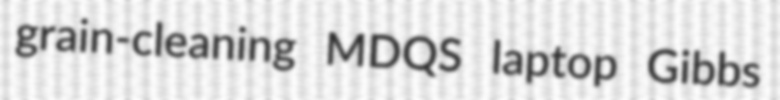
grain-cleaning MDQS laptop Gibbs